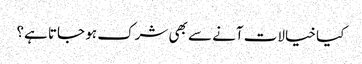
کیا خیالات آنے سے بھی شرک ہو جاتا ہے؟